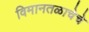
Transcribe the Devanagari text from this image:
विमानतळाचेचे